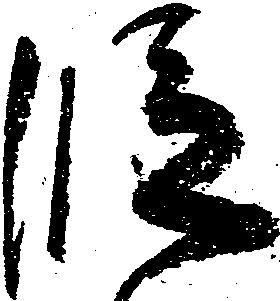
段